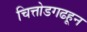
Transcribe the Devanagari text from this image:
चित्तोडगढहून